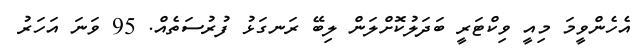
އެހެންވީމަ މިއީ ވިކްޓަރީ ބަދަލުކޮށްލަން ލިބޭ ރަނގަޅު ފުރުސަތެއް. 95 ވަނަ އަހަރު